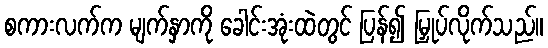
စကားလက်က မျက်နှာကို ခေါင်းအုံးထဲတွင် ပြန်၍ မြှုပ်လိုက်သည်။